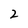
Character: 2